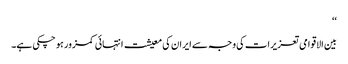
‘‘
بین الاقوامی تعزیرات کی وجہ سے ایران کی معیشت انتہائی کمزور ہو چکی ہے۔